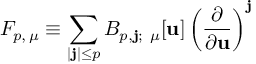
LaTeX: F _ { p , \, \mu } \equiv \sum _ { | \mathbf { j } | \le p } B _ { p , \mathbf { j } ; \ \mu } [ \mathbf { u } ] \left( \frac { \partial } { \partial \mathbf { u } } \right) ^ { \mathbf { j } }